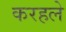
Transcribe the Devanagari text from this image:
करहले